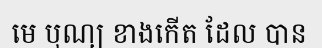
មេ បុណ្យ ខាងកើត ដែល បាន